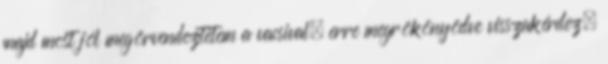
majd most jól megörvendeztetem a vacsival, erre megrökönyödve visszakérdez,